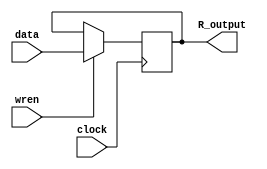
module Register(
   input clock,
	input wren,
   input [15:0] data,
   output reg[15:0] R_output
);  

initial begin
	R_output = 16'b0;
end
	
always @(posedge clock) begin
	if(wren) begin
		R_output = data;
	end
end

endmodule